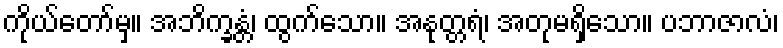
ကိုယ်တော်မှ။ အဘိက္ခန္တံ၊ ထွက်သော။ အနုတ္တရံ၊ အတုမရှိသော။ ပဘာဇာလံ၊